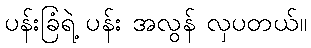
ပန်းခြံရဲ့ ပန်း အလွန် လှပတယ်။